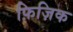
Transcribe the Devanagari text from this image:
फ़िज़िक